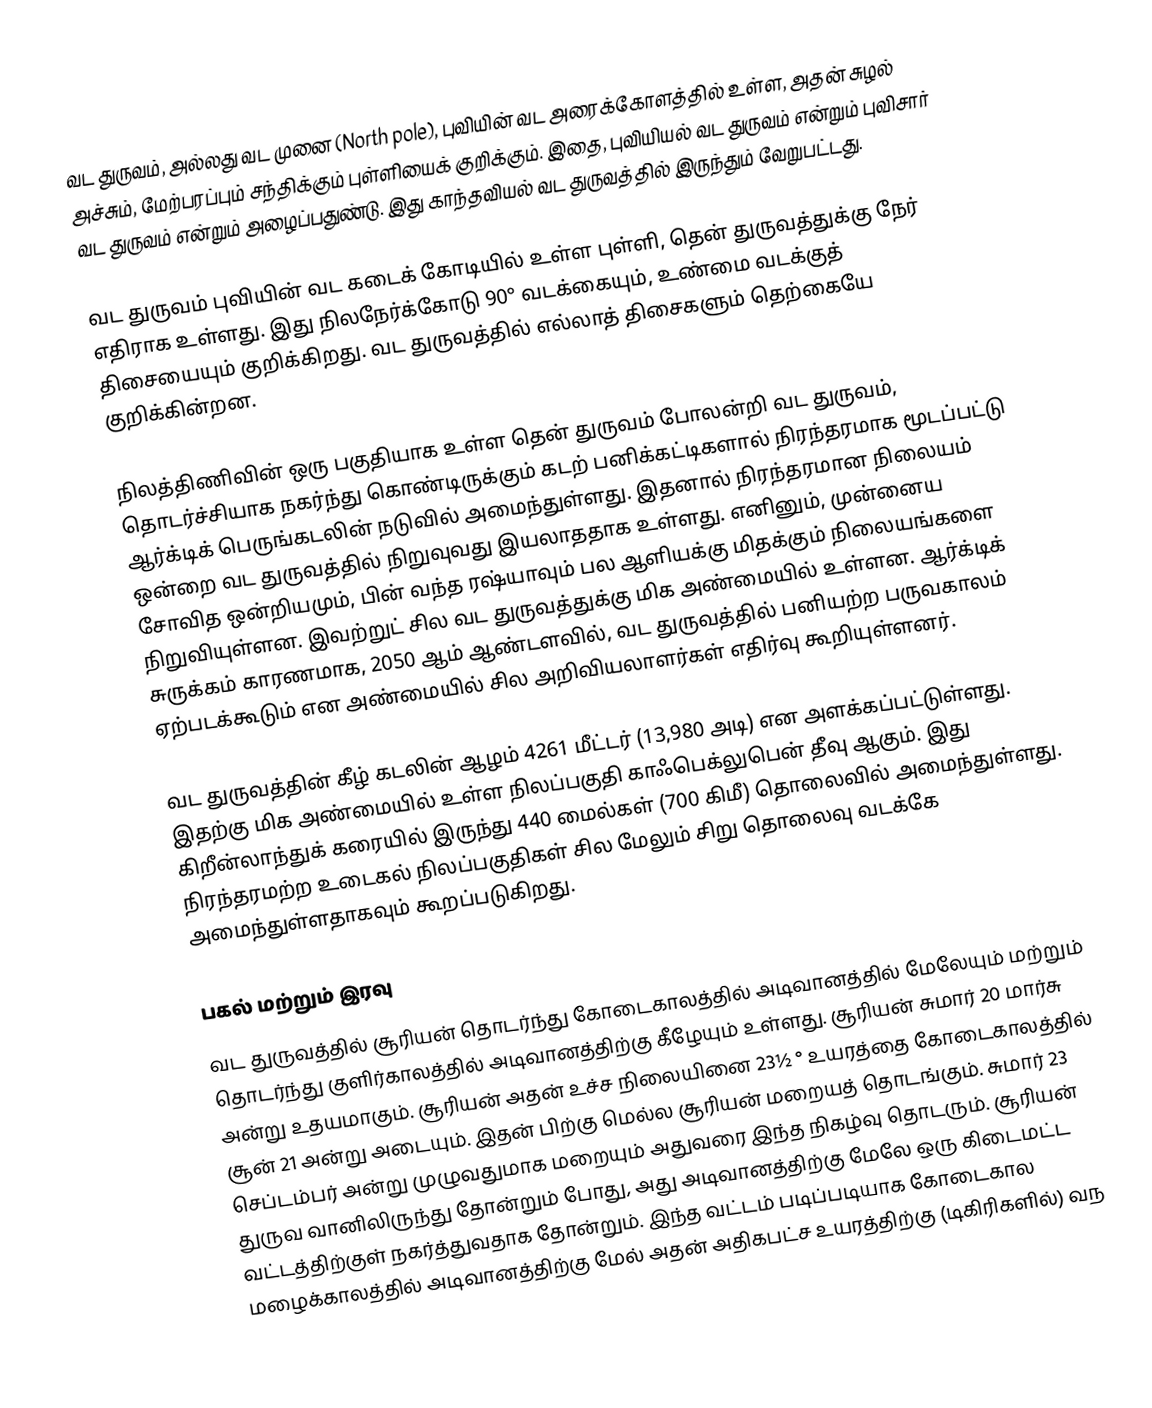
வட துருவம், அல்லது வட முனை (North pole), புவியின் வட அரைக்கோளத்தில் உள்ள, அதன் சுழல் அச்சும், மேற்பரப்பும் சந்திக்கும் புள்ளியைக் குறிக்கும். இதை, புவியியல் வட துருவம் என்றும்  புவிசார் வட துருவம் என்றும் அழைப்பதுண்டு. இது காந்தவியல் வட துருவத்தில் இருந்தும் வேறுபட்டது.

வட துருவம் புவியின் வட கடைக் கோடியில் உள்ள புள்ளி, தென் துருவத்துக்கு நேர் எதிராக உள்ளது. இது நிலநேர்க்கோடு 90° வடக்கையும், உண்மை வடக்குத் திசையையும் குறிக்கிறது. வட துருவத்தில் எல்லாத் திசைகளும் தெற்கையே குறிக்கின்றன.

நிலத்திணிவின் ஒரு பகுதியாக உள்ள தென் துருவம் போலன்றி வட துருவம், தொடர்ச்சியாக நகர்ந்து கொண்டிருக்கும் கடற் பனிக்கட்டிகளால் நிரந்தரமாக மூடப்பட்டு ஆர்க்டிக் பெருங்கடலின் நடுவில் அமைந்துள்ளது. இதனால் நிரந்தரமான நிலையம் ஒன்றை வட துருவத்தில் நிறுவுவது இயலாததாக உள்ளது. எனினும், முன்னைய சோவித ஒன்றியமும், பின் வந்த ரஷ்யாவும் பல ஆளியக்கு மிதக்கும் நிலையங்களை நிறுவியுள்ளன. இவற்றுட் சில வட துருவத்துக்கு மிக அண்மையில் உள்ளன. ஆர்க்டிக் சுருக்கம் காரணமாக, 2050 ஆம் ஆண்டளவில், வட துருவத்தில் பனியற்ற பருவகாலம் ஏற்படக்கூடும் என அண்மையில் சில அறிவியலாளர்கள் எதிர்வு கூறியுள்ளனர்.

வட துருவத்தின் கீழ் கடலின் ஆழம் 4261 மீட்டர் (13,980 அடி) என அளக்கப்பட்டுள்ளது. இதற்கு மிக அண்மையில் உள்ள நிலப்பகுதி காஃபெக்லுபென் தீவு ஆகும். இது கிறீன்லாந்துக் கரையில் இருந்து 440 மைல்கள் (700 கிமீ) தொலைவில் அமைந்துள்ளது. நிரந்தரமற்ற உடைகல் நிலப்பகுதிகள் சில மேலும் சிறு தொலைவு வடக்கே அமைந்துள்ளதாகவும் கூறப்படுகிறது.

பகல் மற்றும் இரவு
வட துருவத்தில் சூரியன் தொடர்ந்து கோடைகாலத்தில் அடிவானத்தில் மேலேயும் மற்றும் தொடர்ந்து குளிர்காலத்தில் அடிவானத்திற்கு கீழேயும் உள்ளது. சூரியன் சுமார் 20 மார்சு அன்று உதயமாகும். சூரியன் அதன் உச்ச நிலையினை 23½ ° உயரத்தை கோடைகாலத்தில் சூன் 21 அன்று அடையும். இதன் பிற்கு மெல்ல சூரியன் மறையத் தொடங்கும். சுமார் 23 செப்டம்பர் அன்று முழுவதுமாக மறையும் அதுவரை இந்த நிகழ்வு தொடரும். சூரியன் துருவ வானிலிருந்து தோன்றும் போது, அது அடிவானத்திற்கு மேலே ஒரு கிடைமட்ட வட்டத்திற்குள் நகர்த்துவதாக தோன்றும். இந்த வட்டம் படிப்படியாக கோடைகால மழைக்காலத்தில் அடிவானத்திற்கு மேல் அதன் அதிகபட்ச உயரத்திற்கு (டிகிரிகளில்) வந